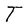
Character: T